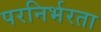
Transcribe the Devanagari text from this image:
परनिर्भरता